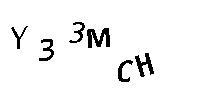
Y33MCH